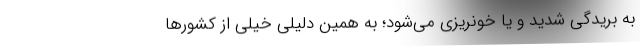
به بریدگی شدید و یا خونریزی می‌شود؛ به همین دلیلی خیلی از کشور‌ها